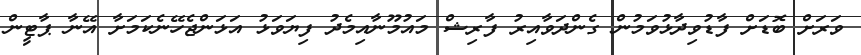
ވަރަށް ބޮޑަށް ފާޑުވިދާޅުވަމުން ގެންދަވާއިރު ފާރިޝް މައުމޫނާއިމެދު ފިޔަވަޅު އަޅަންޖެހޭނެކަމަށާ އޭނާ ޕާޓީން